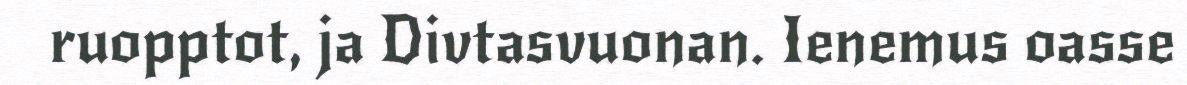
ruopptot, ja Divtasvuonan. Ienemus oasse